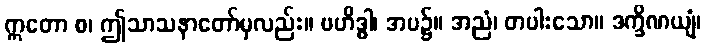
ဣတော စ၊ ဤသာသနာတော်မှလည်း။ ဗဟိဒ္ဓါ၊ အပ၌။ အညံ၊ တပါးသော။ ဒက္ခိဏယျံ၊